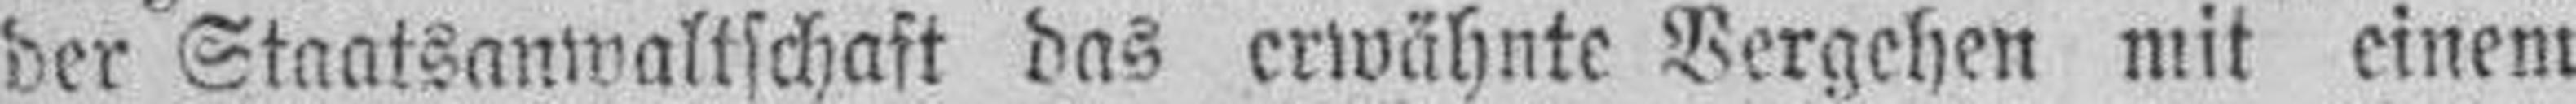
der Staatsanwaltschaft das erwähnte Vergehen mit einem